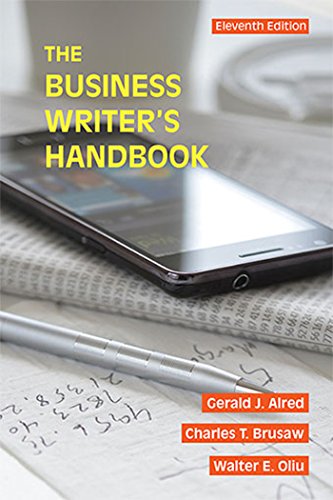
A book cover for The Business Writer's Handbook; Gerald J. Alred; Business & Money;